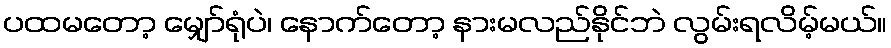
ပထမတော့ မျှော်ရုံပဲ၊ နောက်တော့ နားမလည်နိုင်ဘဲ လွမ်းရလိမ့်မယ်။